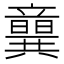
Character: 𥫈